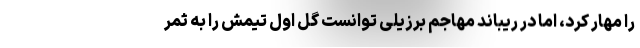
را مهار کرد، اما در ریباند مهاجم برزیلی توانست گل اول تیمش را به ثمر